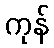
ကုန်